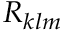
{ \cal R } _ { k l m }